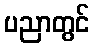
ပညာတွင်